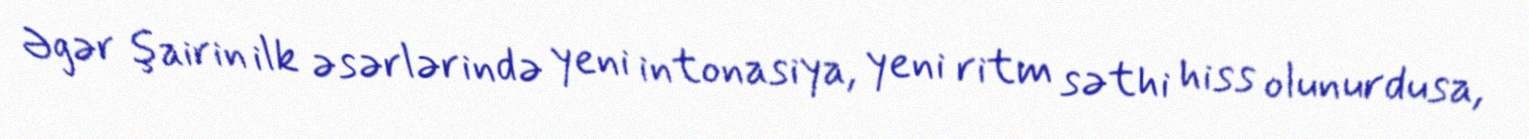
Əgər şairin ilk əsərlərində yeni intonasiya, yeni ritm səthi hiss olunurdusa,